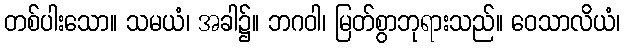
တစ်ပါးသော။ သမယံ၊ အခါ၌။ ဘဂဝါ၊ မြတ်စွာဘုရားသည်။ ဝေသာလိယံ၊